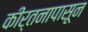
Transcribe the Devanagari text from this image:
कीर्तनापासून